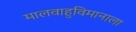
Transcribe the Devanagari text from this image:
मालवाहुविमानाला